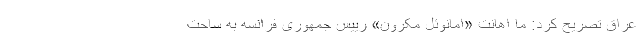
عراق تصریح کرد: ما اهانت «امانوئل مکرون» رییس جمهوری فرانسه به ساحت